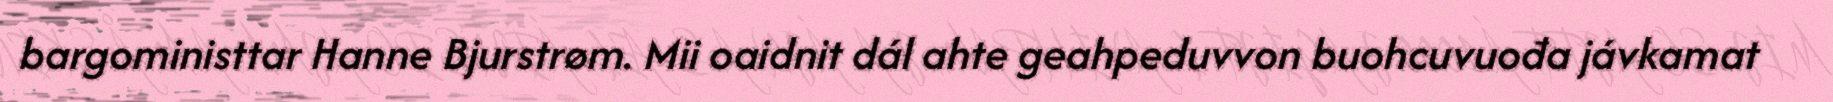
bargoministtar Hanne Bjurstrøm. Mii oaidnit dál ahte geahpeduvvon buohcuvuođa jávkamat